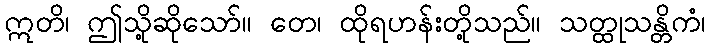
ဣတိ၊ ဤသို့ဆိုသော်။ တေ၊ ထိုရဟန်းတို့သည်။ သတ္ထုသန္တိကံ၊